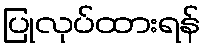
ပြုလုပ်ထားရန်